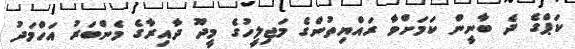
ކަޕްގެ ދެ ބާނީން ކަމަށްވާ ރައްޔިތުންގެ މަޖިލީހުގެ މީދޫ ދާއިރާގެ މެންބަރު އަހްމަދު